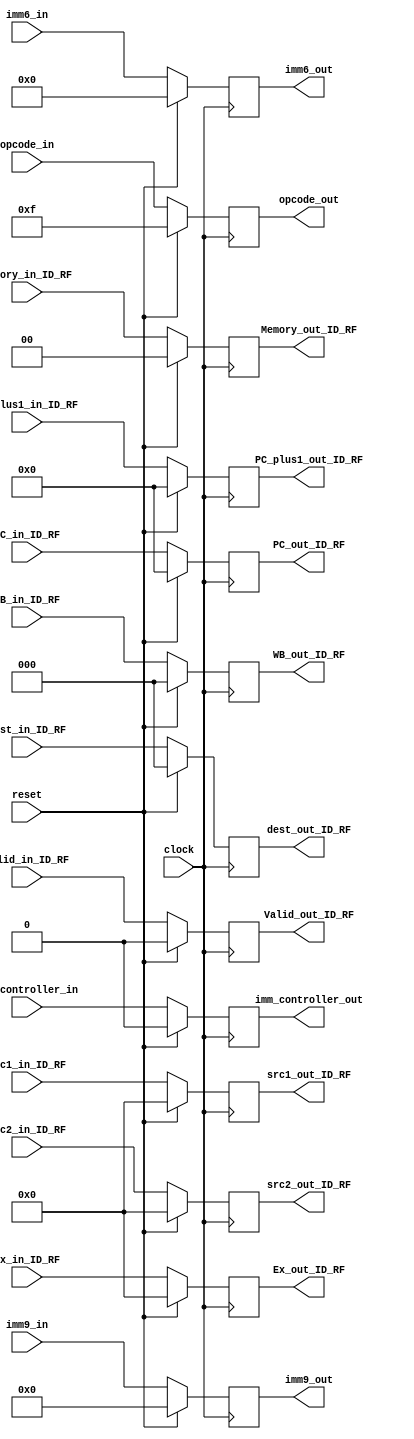
module ID_RF_reg(
PC_out_ID_RF,
PC_plus1_out_ID_RF,
WB_out_ID_RF,
Memory_out_ID_RF,
Ex_out_ID_RF,
opcode_out,
src1_out_ID_RF,
src2_out_ID_RF,
dest_out_ID_RF,
imm9_out,
imm6_out,
Valid_out_ID_RF,
imm_controller_out,

PC_in_ID_RF,
PC_plus1_in_ID_RF,
WB_in_ID_RF,
Memory_in_ID_RF,
Ex_in_ID_RF,
opcode_in,
src1_in_ID_RF,
src2_in_ID_RF,
dest_in_ID_RF,
imm9_in,
imm6_in,
Valid_in_ID_RF,
imm_controller_in,
clock,
reset
);

output reg [15:0] PC_out_ID_RF;
output reg [15:0] PC_plus1_out_ID_RF;
output reg [2:0] WB_out_ID_RF;
output reg [1:0] Memory_out_ID_RF;
output reg [3:0] Ex_out_ID_RF;
output reg [3:0] src1_out_ID_RF, src2_out_ID_RF;
output reg [2:0] dest_out_ID_RF;
output reg [3:0] opcode_out;
output reg [5:0] imm6_out;
output reg [8:0] imm9_out;
output reg Valid_out_ID_RF, imm_controller_out;


input [15:0] PC_in_ID_RF;
input [15:0] PC_plus1_in_ID_RF;
input [2:0] WB_in_ID_RF;
input [1:0] Memory_in_ID_RF;
input [3:0] Ex_in_ID_RF;
input [3:0] src1_in_ID_RF, src2_in_ID_RF;
input [2:0] dest_in_ID_RF;
input [3:0] opcode_in;
input [8:0] imm9_in;
input [5:0] imm6_in;
input Valid_in_ID_RF, imm_controller_in;
input clock;
input reset;


initial
begin
	PC_out_ID_RF = 16'b0;
	PC_plus1_out_ID_RF = 16'b0;
	WB_out_ID_RF = 3'b0;
	Memory_out_ID_RF = 2'b0;
	Ex_out_ID_RF = 4'b0;
	src1_out_ID_RF = 4'b0;
	src2_out_ID_RF = 4'b0;
	dest_out_ID_RF = 3'b0;
	imm9_out = 9'b0;
	imm6_out = 6'b0;
	opcode_out = 4'b0;
	Valid_out_ID_RF = 1'b0;
	imm_controller_out = 1'b0;
end

always @(posedge clock)
begin
	if(! reset)
		begin
			PC_out_ID_RF <= PC_in_ID_RF;
			PC_plus1_out_ID_RF <= PC_plus1_in_ID_RF;
			WB_out_ID_RF <= WB_in_ID_RF;
			Memory_out_ID_RF <= Memory_in_ID_RF;
			Ex_out_ID_RF <= Ex_in_ID_RF;
			src1_out_ID_RF <= src1_in_ID_RF;
			src2_out_ID_RF <= src2_in_ID_RF;
			dest_out_ID_RF <= dest_in_ID_RF;
			imm9_out <= imm9_in;
			imm6_out <= imm6_in;
			opcode_out <= opcode_in;
			Valid_out_ID_RF <= Valid_in_ID_RF;
			imm_controller_out <= imm_controller_in;
		end
	else
		begin
		
			PC_out_ID_RF <= 16'b0;
			PC_plus1_out_ID_RF <= 16'b0;
			WB_out_ID_RF <= 3'b0;
			Memory_out_ID_RF <= 2'b0;
			Ex_out_ID_RF <= 4'b0;
			src1_out_ID_RF <= 4'b0;
			src2_out_ID_RF <= 4'b0;
			dest_out_ID_RF <= 3'b0;
			imm9_out <= 9'b0;
			imm6_out <= 6'b0;
			opcode_out <= 4'b1111;
			Valid_out_ID_RF <= 1'b0;
			imm_controller_out <= 1'b0;
		end
end

endmodule